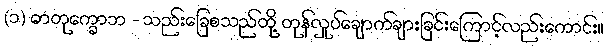
(၁) ဓာတုက္ခောဘ - သည်းခြေစသည်တို့ တုန်လှုပ်ချောက်ချားခြင်းကြောင့်လည်းကောင်း။